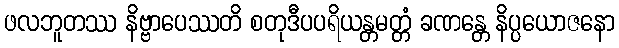
ဖလဘူတဿ နိဗ္ဗာပေဿတိ စတုဒီပပရိယန္တမတ္တံ ခဏန္တေ နိပ္ပယောဇနော